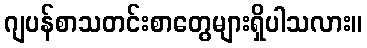
ဂျပန်စာသတင်းစာတွေများရှိပါသလား။